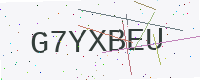
Text: G7YXBEU